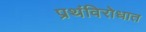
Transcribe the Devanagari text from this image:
प्रथंविरोधात